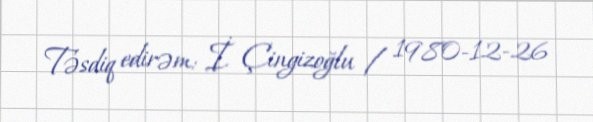
Təsdiq edirəm: İ. Çingizoğlu / 1980-12-26